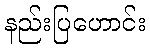
နည်းပြဟောင်း